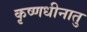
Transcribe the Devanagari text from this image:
कृष्णधीनातु